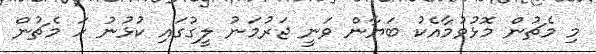
މި މެޗުން މޮޅުވުމާއެކު ބަޔާން ވަނީ ޖަރުމަނު ލީގުގައި ކުޅުނު ހަ މެޗުން